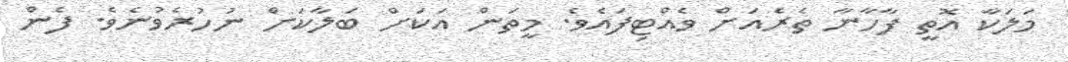
މަލަކާ އޮތީ ފާހާނާ ތެރެއަށް ވެއްޓިފައެވެ. މީތަން އަކަށް ބަލާކަށް ނުހުރެވުނެވެ. ފެން